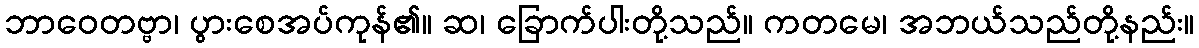
ဘာဝေတဗ္ဗာ၊ ပွားစေအပ်ကုန်၏။ ဆ၊ ခြောက်ပါးတို့သည်။ ကတမေ၊ အဘယ်သည်တို့နည်း။